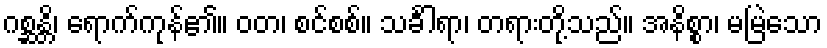
ဂစ္ဆန္တိ၊ ရောက်ကုန်၏။ ဝတ၊ စင်စစ်။ သင်္ခါရာ၊ တရားတို့သည်။ အနိစ္စာ၊ မမြဲသော